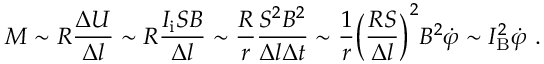
M \sim R \frac { \Delta U } { \Delta l } \sim R \frac { I _ { \mathrm { i } } S B } { \Delta l } \sim \frac { R } { r } \frac { S ^ { 2 } B ^ { 2 } } { \Delta l \Delta t } \sim \frac { 1 } { r } \bigg ( \frac { R S } { \Delta l } \bigg ) ^ { 2 } B ^ { 2 } \dot { \varphi } \sim I _ { \mathrm { B } } ^ { 2 } \dot { \varphi } ~ .